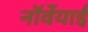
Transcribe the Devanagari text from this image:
नॉर्वेयाई